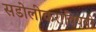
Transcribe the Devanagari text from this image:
सडोलीकरांविषयी